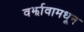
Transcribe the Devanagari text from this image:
वर्झावामधून